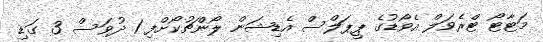
މަޓާޓޯ ޓްރެވަލް އެވޯޑުގެ ޕީޕަލްސް އެޑިޝަން ލޯންޗުކޯށްފި 1 ދުވަސް 3 ގަޑި